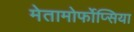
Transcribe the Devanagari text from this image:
मेतामोर्फोप्सिया